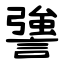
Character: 謽